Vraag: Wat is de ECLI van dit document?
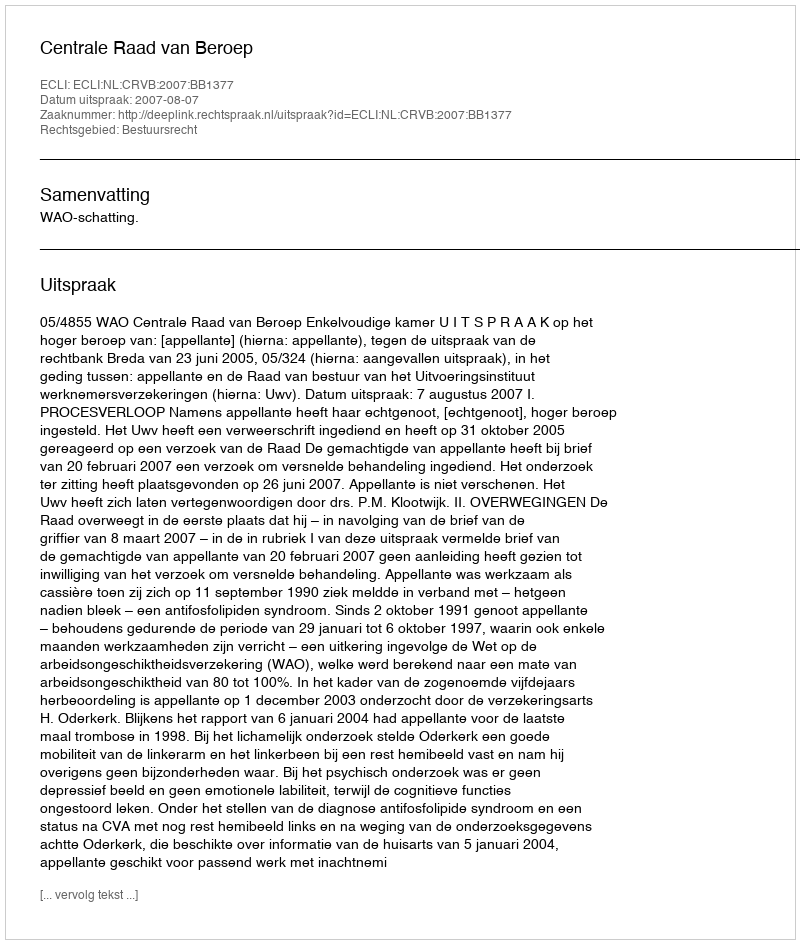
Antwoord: ECLI:NL:CRVB:2007:BB1377